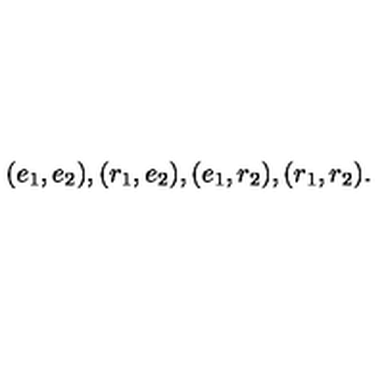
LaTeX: ( e _ { 1 } , e _ { 2 } ) , ( r _ { 1 } , e _ { 2 } ) , ( e _ { 1 } , r _ { 2 } ) , { } ( r _ { 1 } , r _ { 2 } ) .